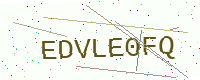
Text: EDVLE0FQ